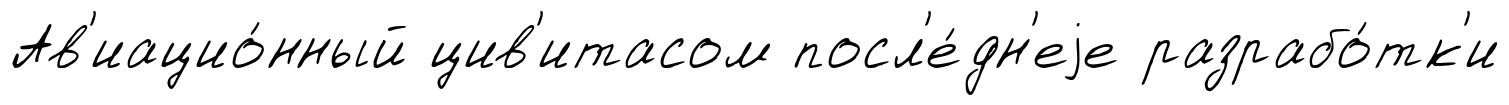
Ав'иацио́нный цив'итасом посл'е́дн'еjе разрабо́тк'и